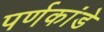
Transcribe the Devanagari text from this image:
पर्णकांडे